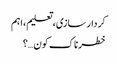
کردار سازی، تعلیم،اہم
خطرناک کون…؟